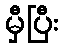
မှီပြီး